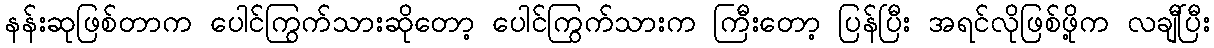
နန်းဆုဖြစ်တာက ပေါင်ကြွက်သားဆိုတော့ ပေါင်ကြွက်သားက ကြီးတော့ ပြန်ပြီး အရင်လိုဖြစ်ဖို့က လချီပြီး